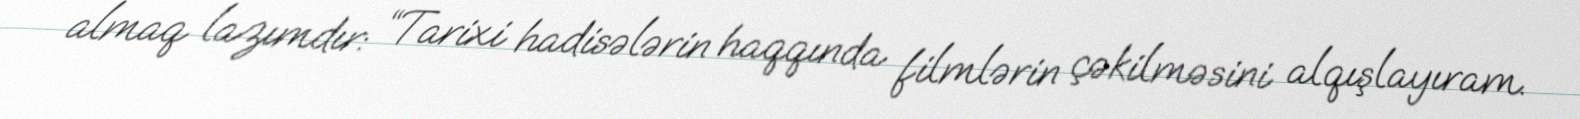
almaq lazımdır: “Tarixi hadisələrin haqqında filmlərin çəkilməsini alqışlayıram.